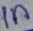
Text: 1n